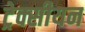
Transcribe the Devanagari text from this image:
ट्रेक्सीयन